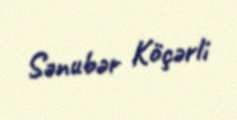
Sənubər Köçərli